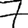
Digit: 7